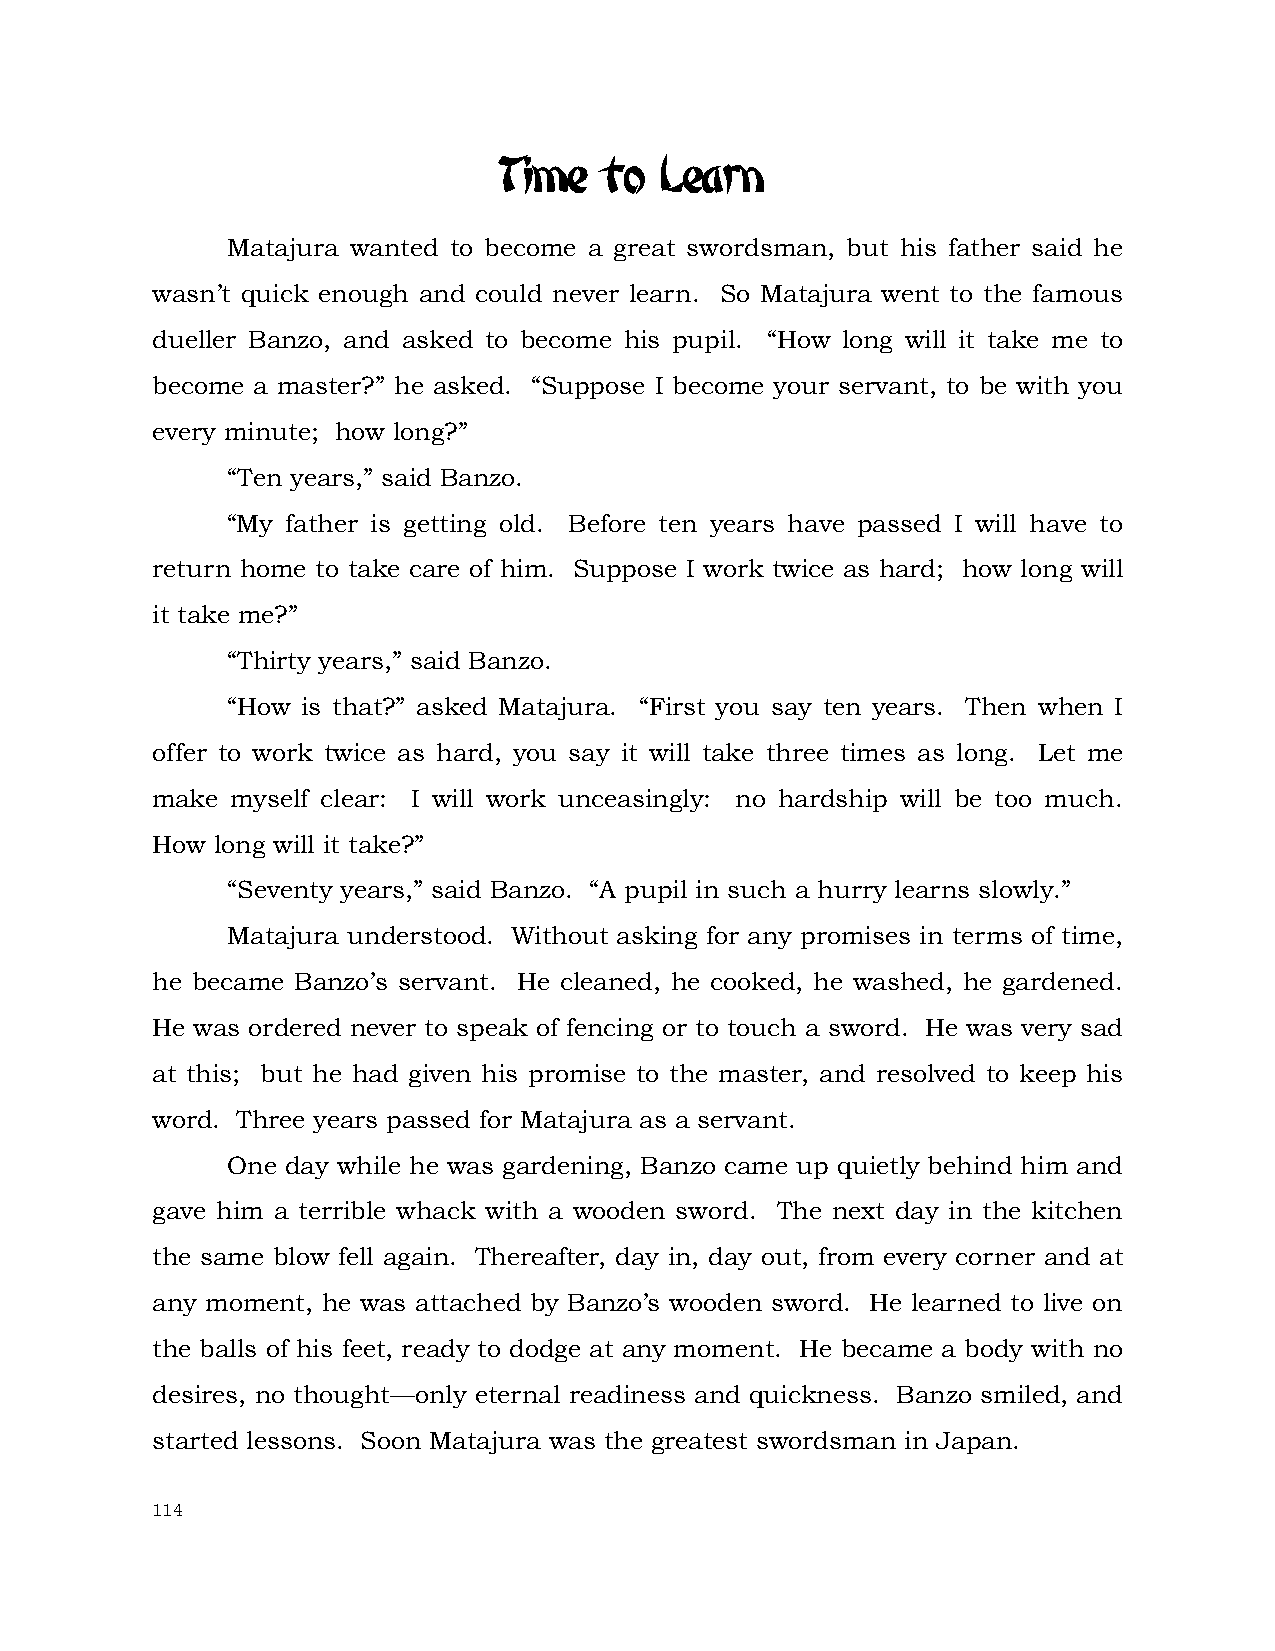
Time   to  Learn
 Matajura wanted to become a great swordsman, but his father said he
 wasn’t quick enough and could never learn. So Matajura went to the famous
 dueller Banzo, and asked to become his pupil. “How long will it take me to
 become a master?” he asked. “Suppose I become your servant, to be with you
 every minute; how long?”
 “Ten years,” said Banzo.
 “My father is getting old. Before ten years have passed I will have to
 return home to take care of him. Suppose I work twice as hard; how long will
 it take me?”
 “Thirty years,” said Banzo.
 “How is that?” asked Matajura. “First you say ten years. Then when I
 offer to work twice as hard, you say it will take three times as long. Let me
 make myself clear: I will work unceasingly: no hardship will be too much.
 How long will it take?”
 “Seventy years,” said Banzo. “A pupil in such a hurry learns slowly.”
 Matajura understood. Without asking for any promises in terms of time,
 he became Banzo’s servant. He cleaned, he cooked, he washed, he gardened.
 He was ordered never to speak of fencing or to touch a sword. He was very sad
 at this; but he had given his promise to the master, and resolved to keep his
 word. Three years passed for Matajura as a servant.
 One day while he was gardening, Banzo came up quietly behind him and
 gave him a terrible whack with a wooden sword. The next day in the kitchen
 the same blow fell again. Thereafter, day in, day out, from every corner and at
 any moment, he was attached by Banzo’s wooden sword. He learned to live on
 the balls of his feet, ready to dodge at any moment. He became a body with no
 desires, no thought—only eternal readiness and quickness. Banzo smiled, and
 started lessons. Soon Matajura was the greatest swordsman in Japan.
 114